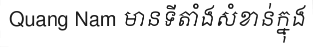
Quang Nam មានទីតាំងសំខាន់ក្នុង